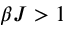
\beta J > 1